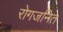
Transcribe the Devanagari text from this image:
रोगजनित